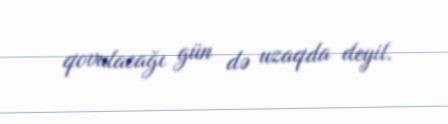
qovulacağı gün də uzaqda deyil.